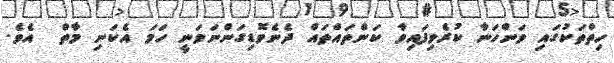
ހިތްތަކުގައި ވަންހަނާ ކުރެވިފައިވާ ކަންތައްތައް ދެނެވޮޑިގަންނަވަނީ ހަމަ އެކަނި މާތް  އެވެ.